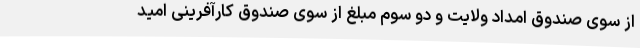
از سوی صندوق امداد ولایت و دو سوم مبلغ از سوی صندوق کارآفرینی امید